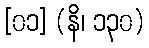
[၀၁] (နိ၊ ၁၃၀)